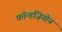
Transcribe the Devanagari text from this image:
फ़ॉन्डज़ियोन